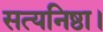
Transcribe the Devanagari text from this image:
सत्यनिष्ठा।